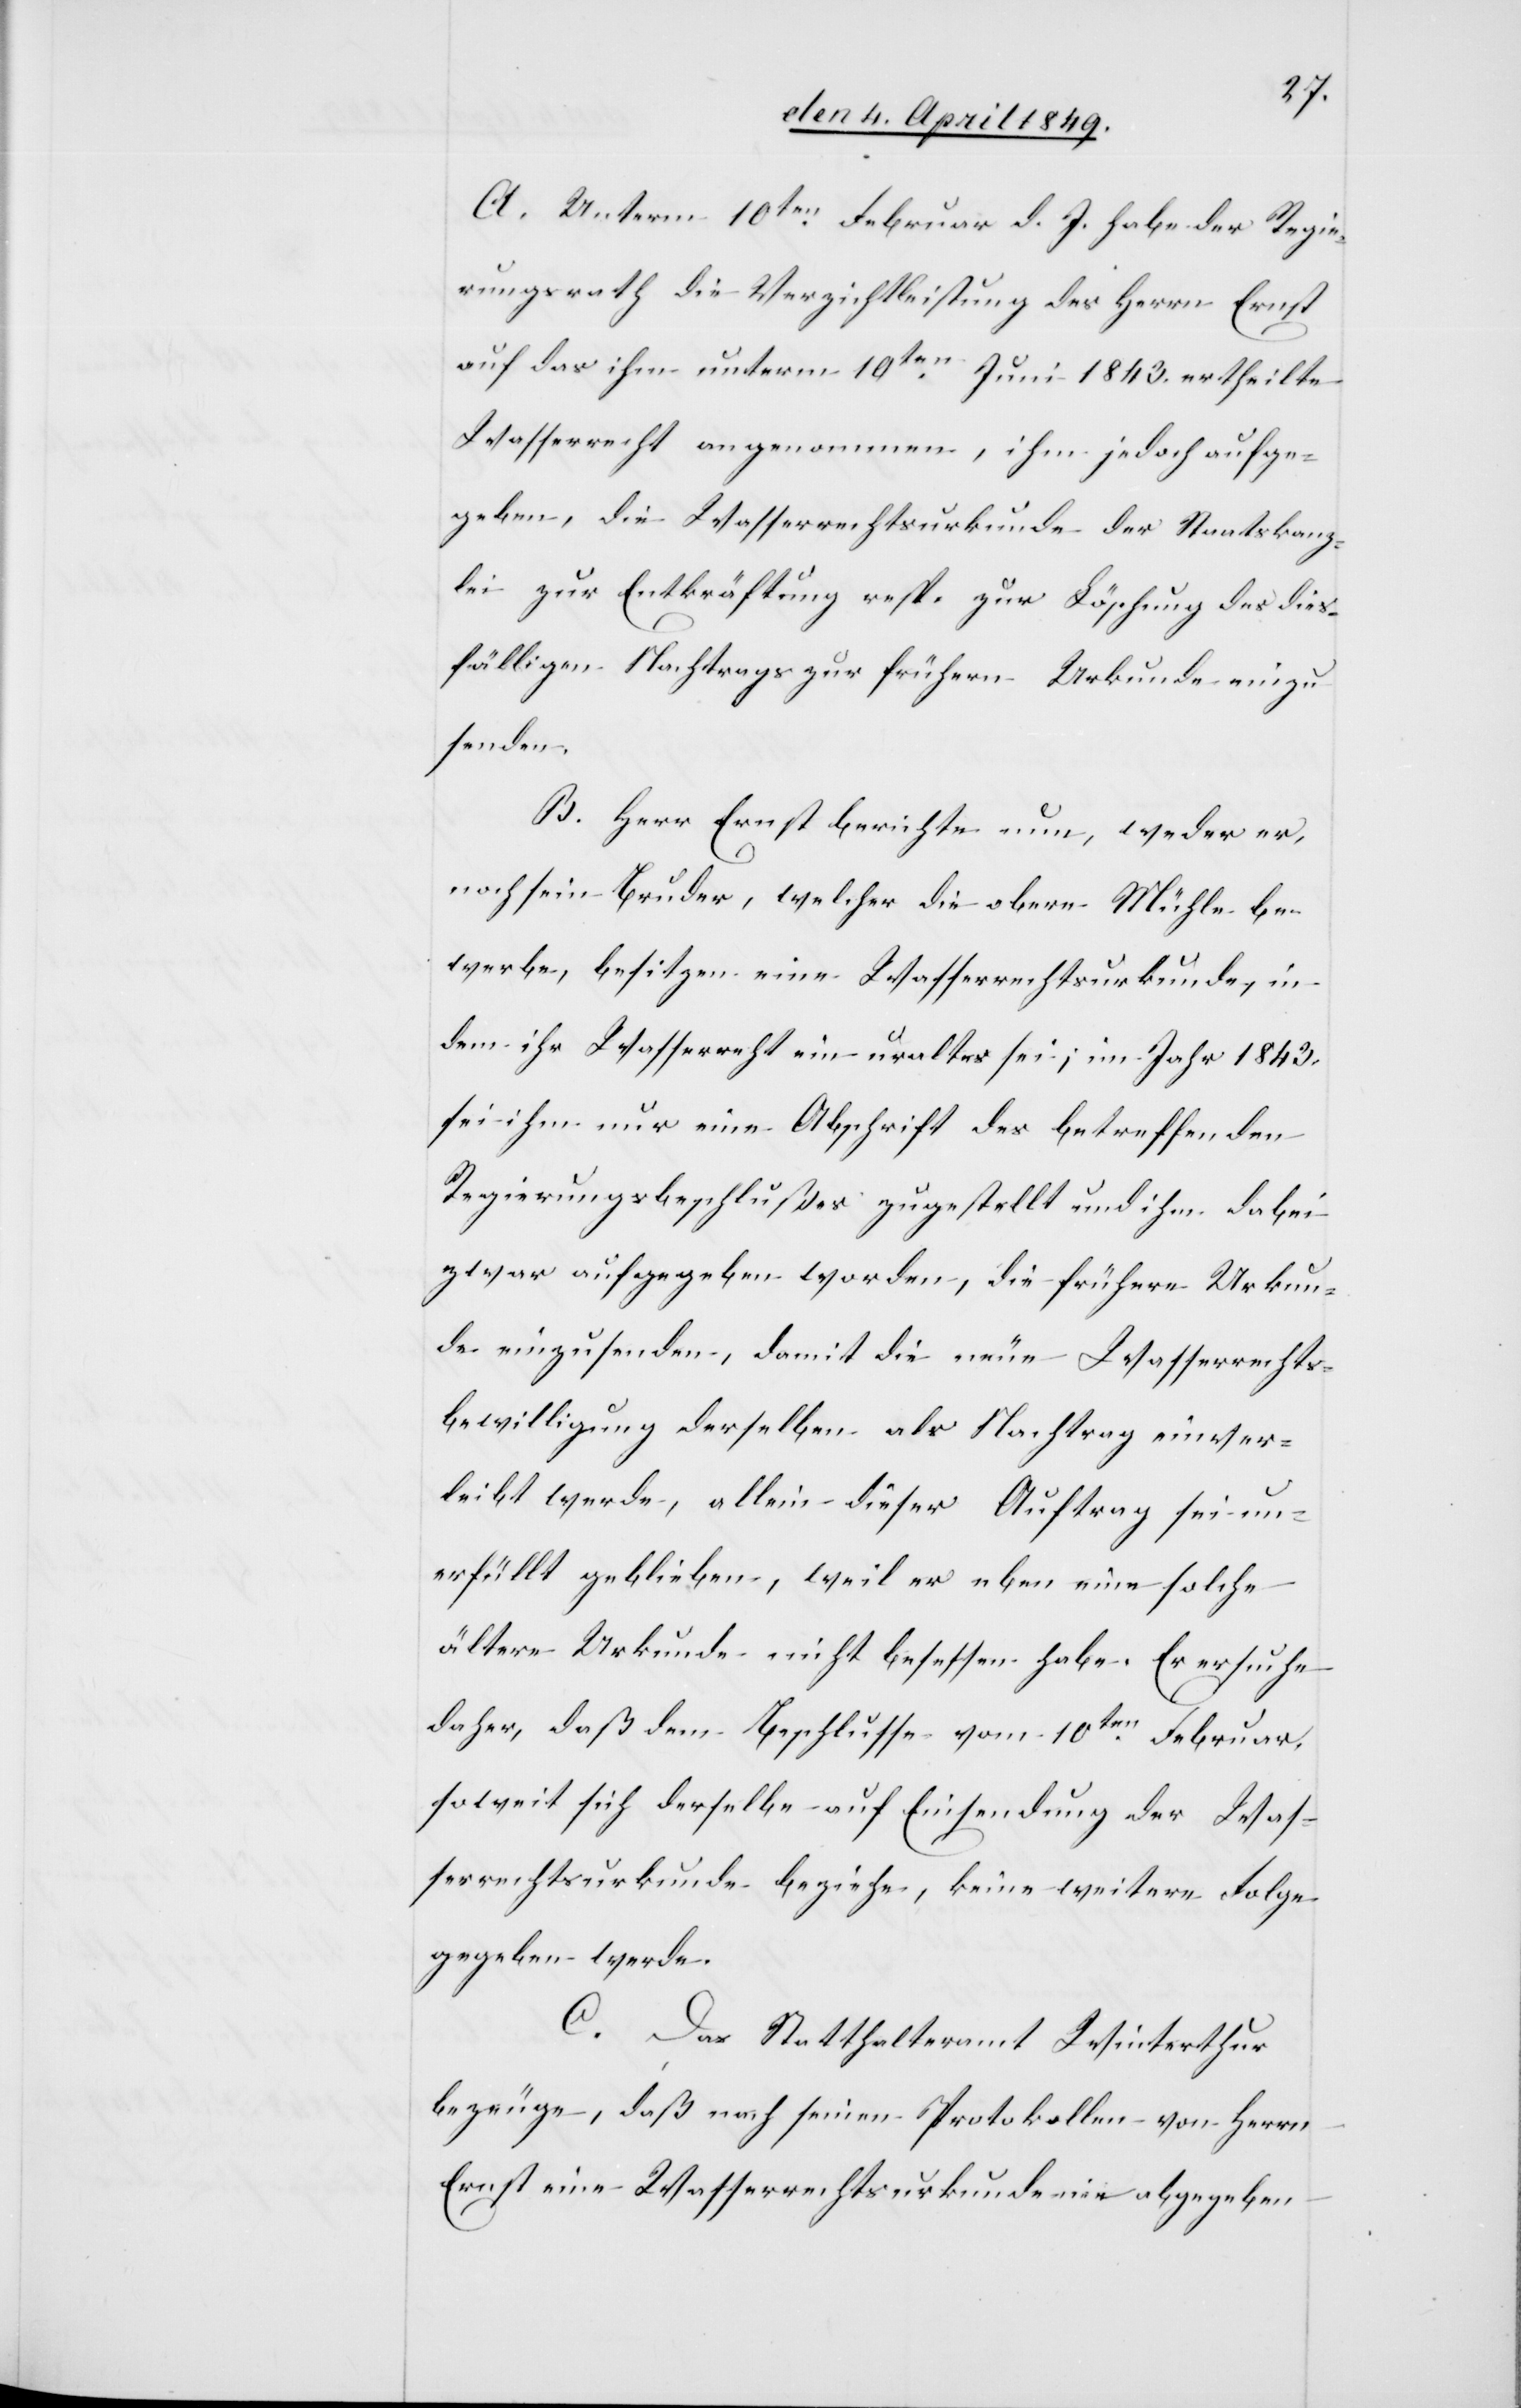
A. Unterm 10ten Februar d. J. habe der Regie¬
rungsrath die Verzichtleistung des Herrn Ernst
auf das ihm unterm 10ten Juni 1843. ertheilte
Wasserrecht angenommen, ihm jedoch aufge¬
geben, die Wasserrechtsurkunde der Staatskanz¬
lei zur Entkräftigung resp. zur Löschung des dies¬
fälligen Nachtrags zur frühern Urkunde einzu¬
senden.
B. Herr Ernst berichte nun, weder er,
noch sein Bruder, welcher die obere Mühle be¬
werbe, besitzen eine Wasserrechtsurkunde, in
dem ihr Wasserrecht ein uraltes sei; im Jahr 1843.
sei ihm nur eine Abschrift des betreffenden
Regierungsbeschlußes zugestellt und ihm dabei
zwar aufgegeben worden, die frühere Urkun¬
de einzusenden, damit die neue Wasserrechts¬
bewilligung derselben als Nachtrag einver¬
leibt werde, allein dieser Auftrag sei un¬
erfüllt geblieben, weil er eben eine solche
ältere Urkunde nicht besessen habe. Er ersuche
daher, daß dem Beschlusse vom 10ten Februar,
soweit sich derselbe auf Einsendung der Was¬
serrechtsurkunde beziehe, keine weitere Folge
gegeben werde.
C. Das Statthalteramt Winterthur
bezeuge, daß nach seinen Protokollen von Herrn
Ernst eine Wasserrechtsurkunde nie abgegeben